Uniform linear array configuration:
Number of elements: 32
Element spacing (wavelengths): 0.75
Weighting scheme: kaiser
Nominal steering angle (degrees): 45
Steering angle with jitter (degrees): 45.415
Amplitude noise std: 0.05
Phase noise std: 0.05

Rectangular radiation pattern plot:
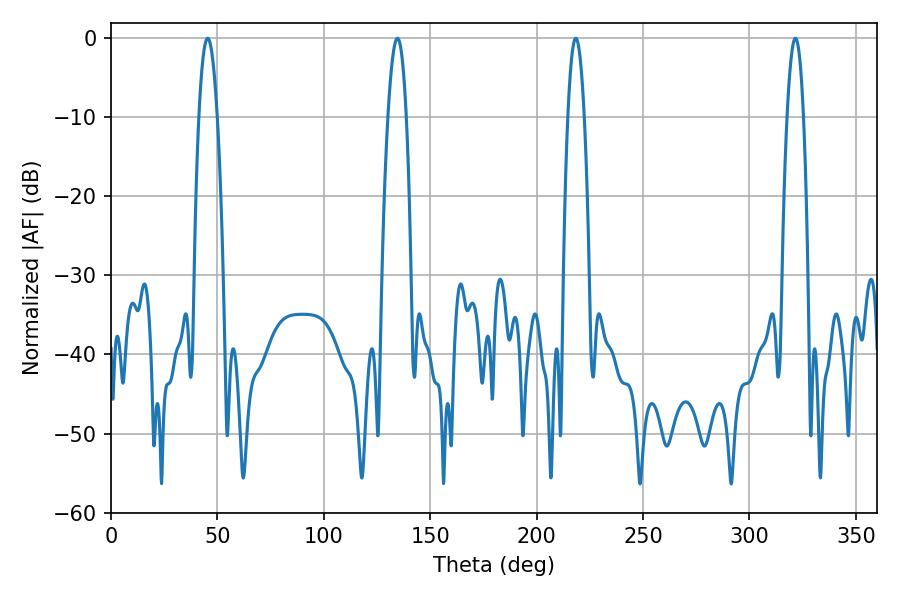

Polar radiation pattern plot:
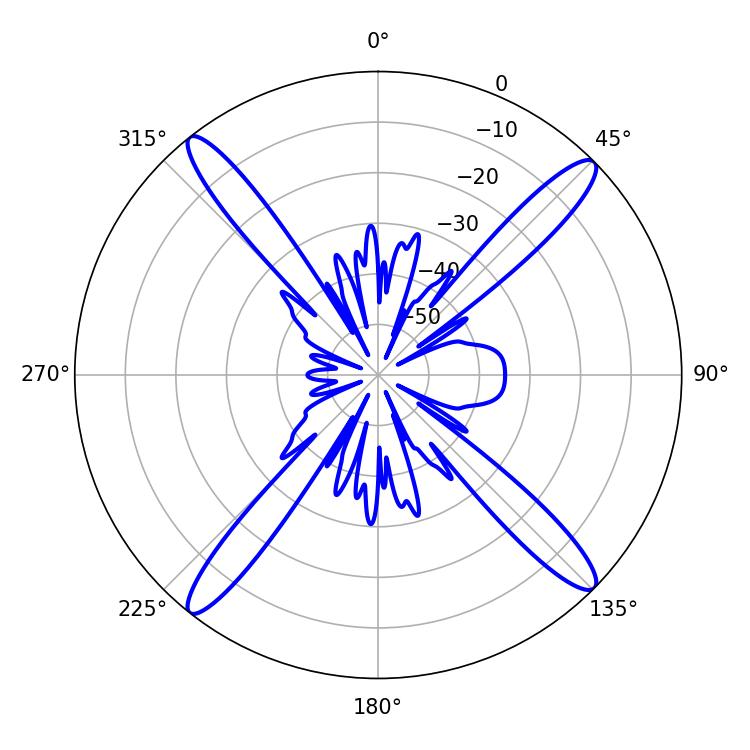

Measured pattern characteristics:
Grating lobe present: TRUE
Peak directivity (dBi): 18.489
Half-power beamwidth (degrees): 4.86
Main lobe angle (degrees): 134.64